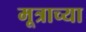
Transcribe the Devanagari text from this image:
मूत्राच्या